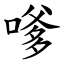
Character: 嗲